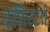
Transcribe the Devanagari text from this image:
वाशियांचे